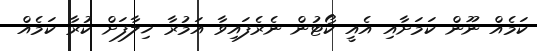
ކަމެއް ނޫން ކަމަށާއި އެއީ ކޯޓުން ނެރެފައިވާ އަމުރާ ޚިލާފަށް ކުރާ ކަމެއް